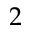
2